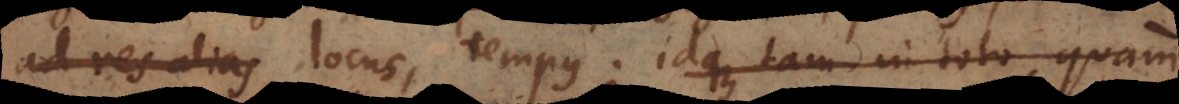
ad res alias locus, tempus; idque tam in toto, quam